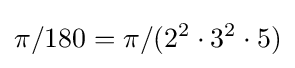
\pi /180=\pi /(2^{2}\cdot 3^{2}\cdot 5)